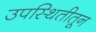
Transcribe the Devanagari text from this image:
उपस्थितीतून